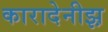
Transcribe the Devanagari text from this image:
कारादेनीझ़